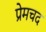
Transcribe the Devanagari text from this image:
प्रेमचद